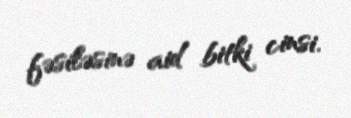
fəsiləsinə aid bitki cinsi.